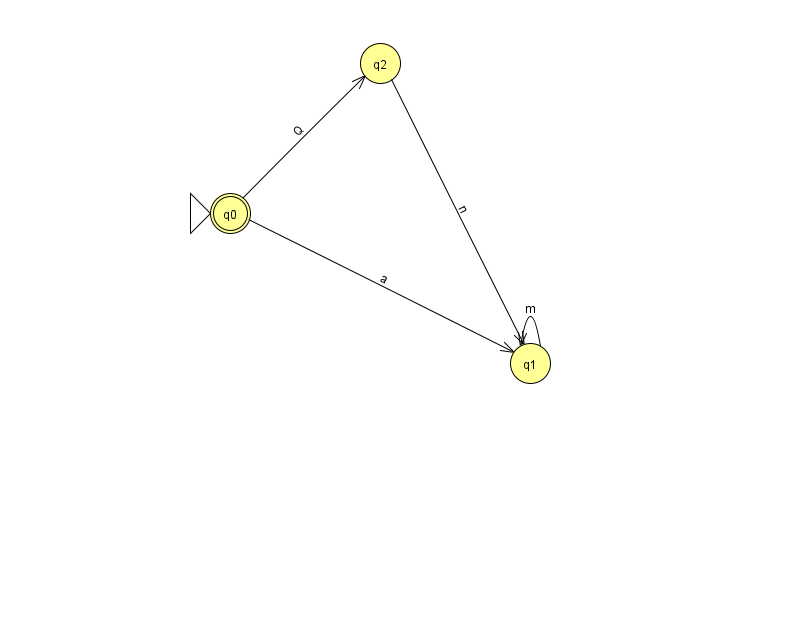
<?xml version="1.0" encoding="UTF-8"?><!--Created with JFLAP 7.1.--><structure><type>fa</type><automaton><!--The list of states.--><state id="0" name="q0"><x>230.0</x><y>200.0</y><initial/><final/></state><state id="1" name="q1"><x>530.0</x><y>350.0</y></state><state id="2" name="q2"><x>380.0</x><y>50.0</y></state><!--The list of transitions.--><transition><from>2</from><to>1</to><read>n</read></transition><transition><from>0</from><to>1</to><read>a</read></transition><transition><from>0</from><to>2</to><read>Q</read></transition><transition><from>1</from><to>1</to><read>m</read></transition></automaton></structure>